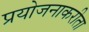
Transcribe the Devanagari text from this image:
प्रयोजनाकरीता